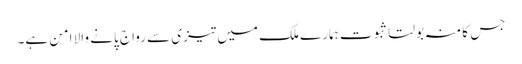
جس کا منہ بولتا ثبوت ہمارے ملک میں تیزی سے رواج پانے والا امن ہے۔